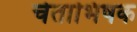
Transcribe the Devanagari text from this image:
चेताभिषक